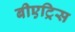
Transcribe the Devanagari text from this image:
बीएट्रिस